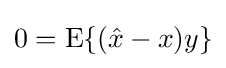
0=\operatorname {E} \{({\hat {x}}-x)y\}